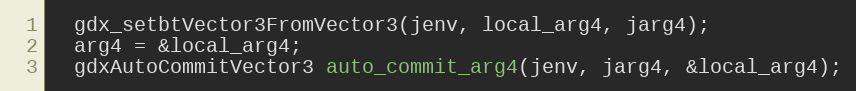
Language: C++
  gdx_setbtVector3FromVector3(jenv, local_arg4, jarg4);
  arg4 = &local_arg4;
  gdxAutoCommitVector3 auto_commit_arg4(jenv, jarg4, &local_arg4);